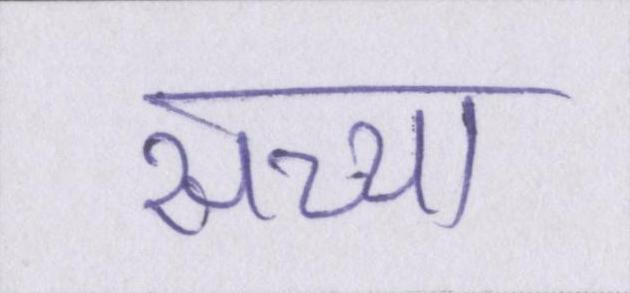
सच्चा